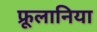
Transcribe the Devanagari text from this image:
फ्रूलानिया